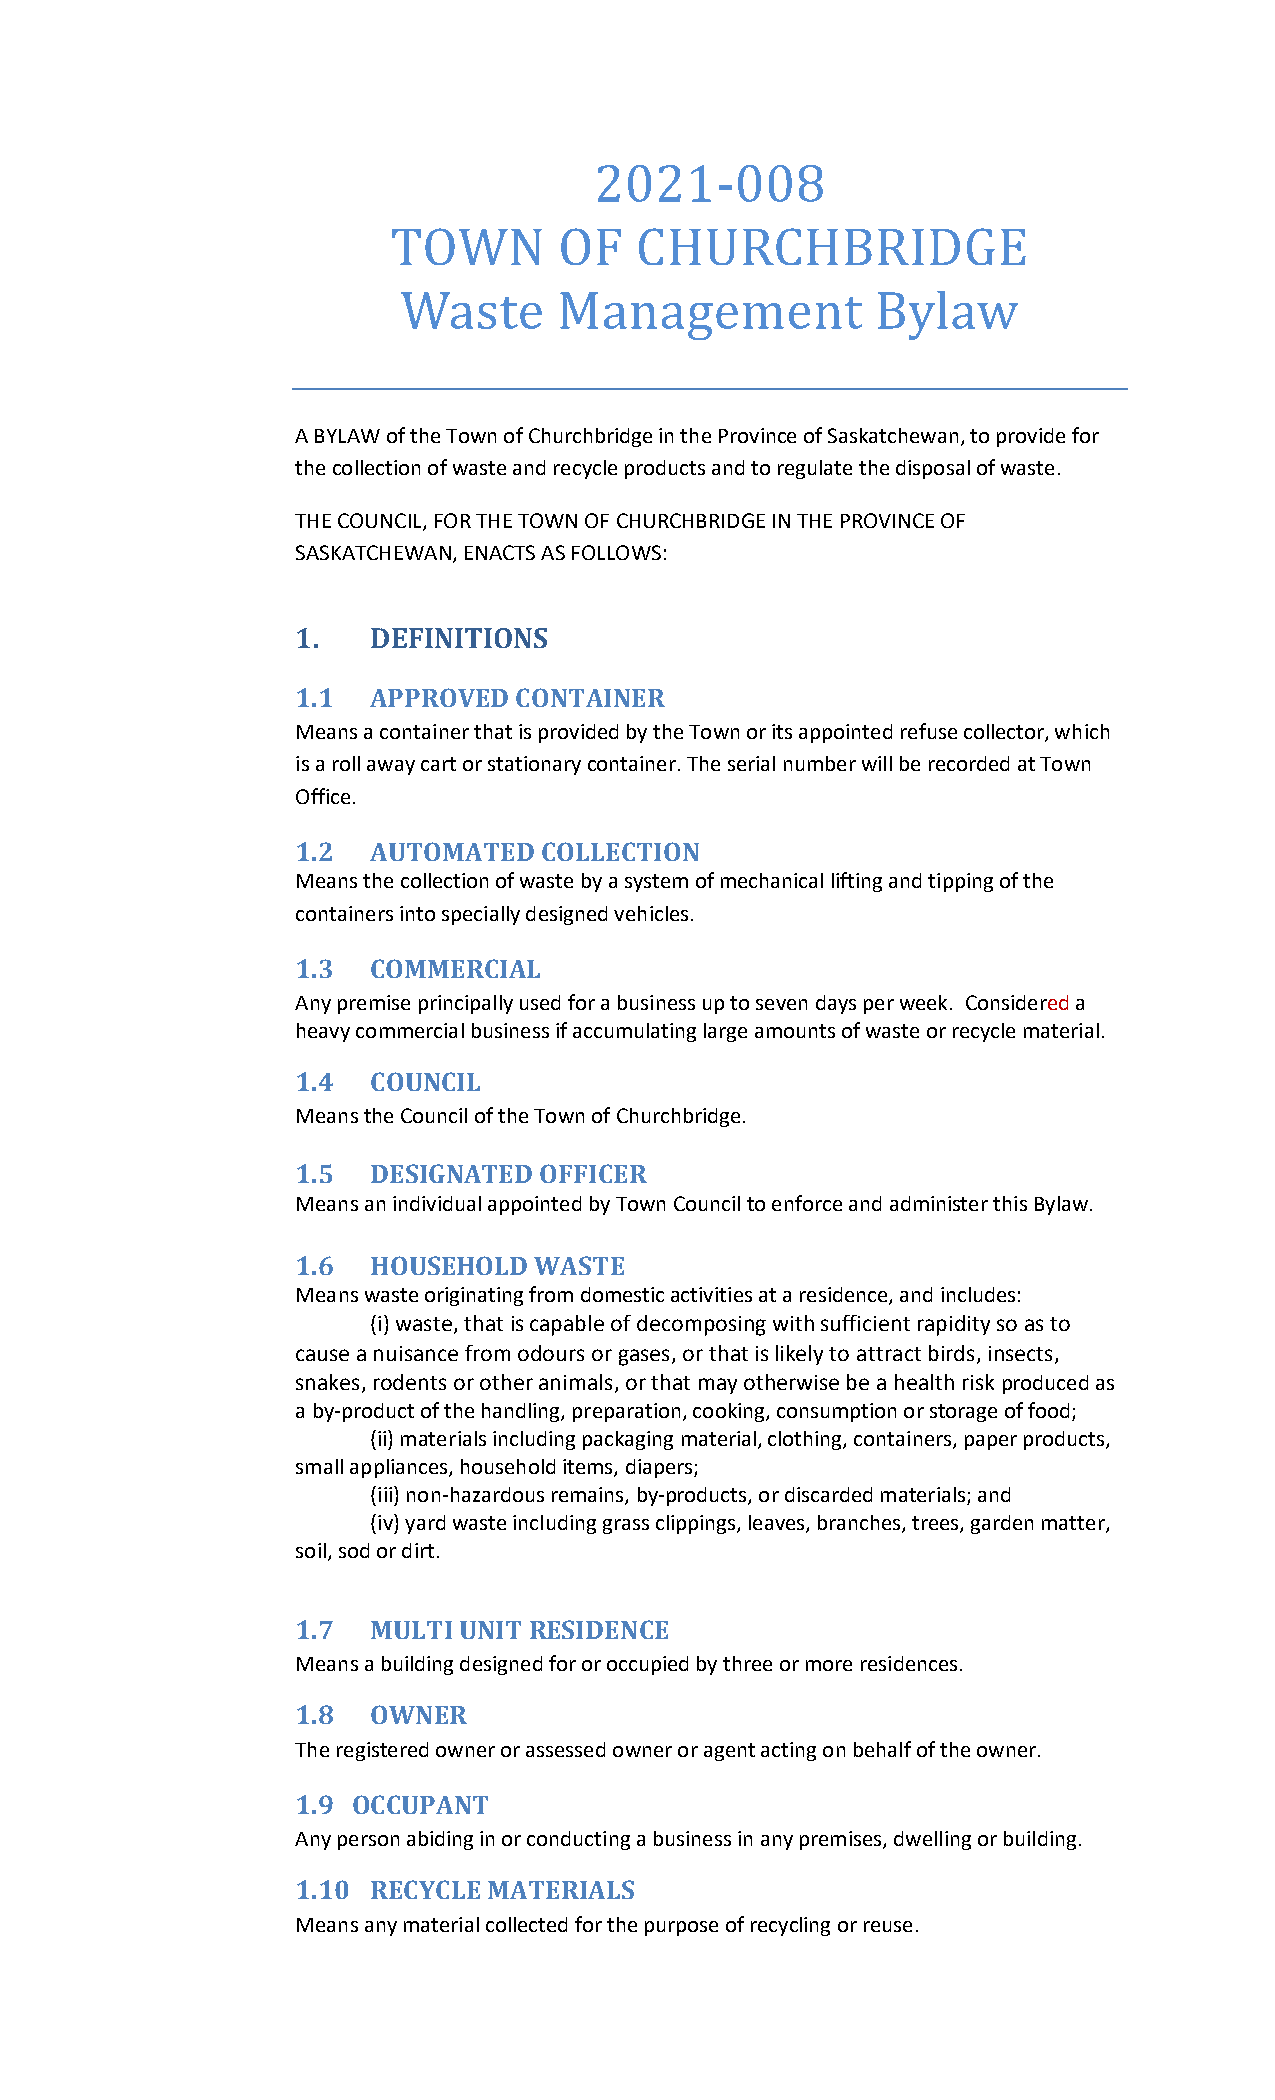
2021-008
 TOWN       OF   CHURCHBRIDGE
 Waste     Management           Bylaw
 A BYLAW of the Town of Churchbridge in the Province of Saskatchewan, to provide for
 the collection of waste and recycle products and to regulate the disposal of waste.
 THE COUNCIL, FOR THE TOWN OF CHURCHBRIDGE IN THE PROVINCE OF
 SASKATCHEWAN, ENACTS AS FOLLOWS:
 1.   DEFINITIONS
 1.1  APPROVED CONTAINER
 Means a container that is provided by the Town or its appointed refuse collector, which
 is a roll away cart or stationary container. The serial number will be recorded at Town
 Office.
 1.2  AUTOMATED  COLLECTION
 Means the collection of waste by a system of mechanical lifting and tipping of the
 containers into specially designed vehicles.
 1.3  COMMERCIAL
 Any premise principally used for a business up to seven days per week. Considered a
 heavy commercial business if accumulating large amounts of waste or recycle material.
 1.4  COUNCIL
 Means the Council of the Town of Churchbridge.
 1.5  DESIGNATED OFFICER
 Means an individual appointed by Town Council to enforce and administer this Bylaw.
 1.6  HOUSEHOLD WASTE
 Means waste originating from domestic activities at a residence, and includes:
 (i) waste, that is capable of decomposing with sufficient rapidity so as to
 cause a nuisance from odours or gases, or that is likely to attract birds, insects,
 snakes, rodents or other animals, or that may otherwise be a health risk produced as
 a by-product of the handling, preparation, cooking, consumption or storage of food;
 (ii) materials including packaging material, clothing, containers, paper products,
 small appliances, household items, diapers;
 (iii) non-hazardous remains, by-products, or discarded materials; and
 (iv) yard waste including grass clippings, leaves, branches, trees, garden matter,
 soil, sod or dirt.
 1.7  MULTI UNIT RESIDENCE
 Means a building designed for or occupied by three or more residences.
 1.8  OWNER
 The registered owner or assessed owner or agent acting on behalf of the owner.
 1.9 OCCUPANT
 Any person abiding in or conducting a business in any premises, dwelling or building.
 1.10 RECYCLE MATERIALS
 Means any material collected for the purpose of recycling or reuse.